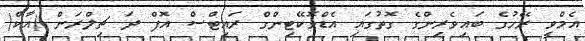
އެމްވީ ރޭހުގެ ބައިވެރިންގެ ގޮތުގައި އެޑްވޮކޭޓިންގް ރައިޓްސް އޮފް ދަ ޗިލްރަން (އާކް)